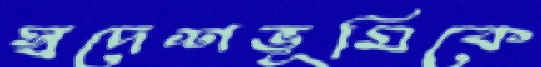
স্বদেশভূমিকে